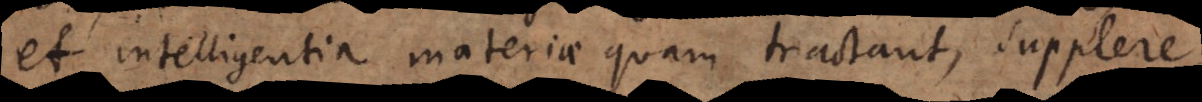
et intelligentia materiae quam tractant, supplere